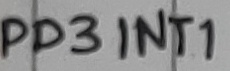
Text: PD3INT1